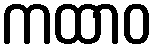
ကထာဝ